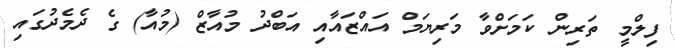
ފިލްމީ ތަރިން ކަމަށްވާ މަރިޔަމް އައްޒައާއި އަބްދު މުއާޒް (މުއާ) ގެ ދެމެދުގައި